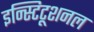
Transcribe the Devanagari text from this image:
इन्स्टिटूशनल